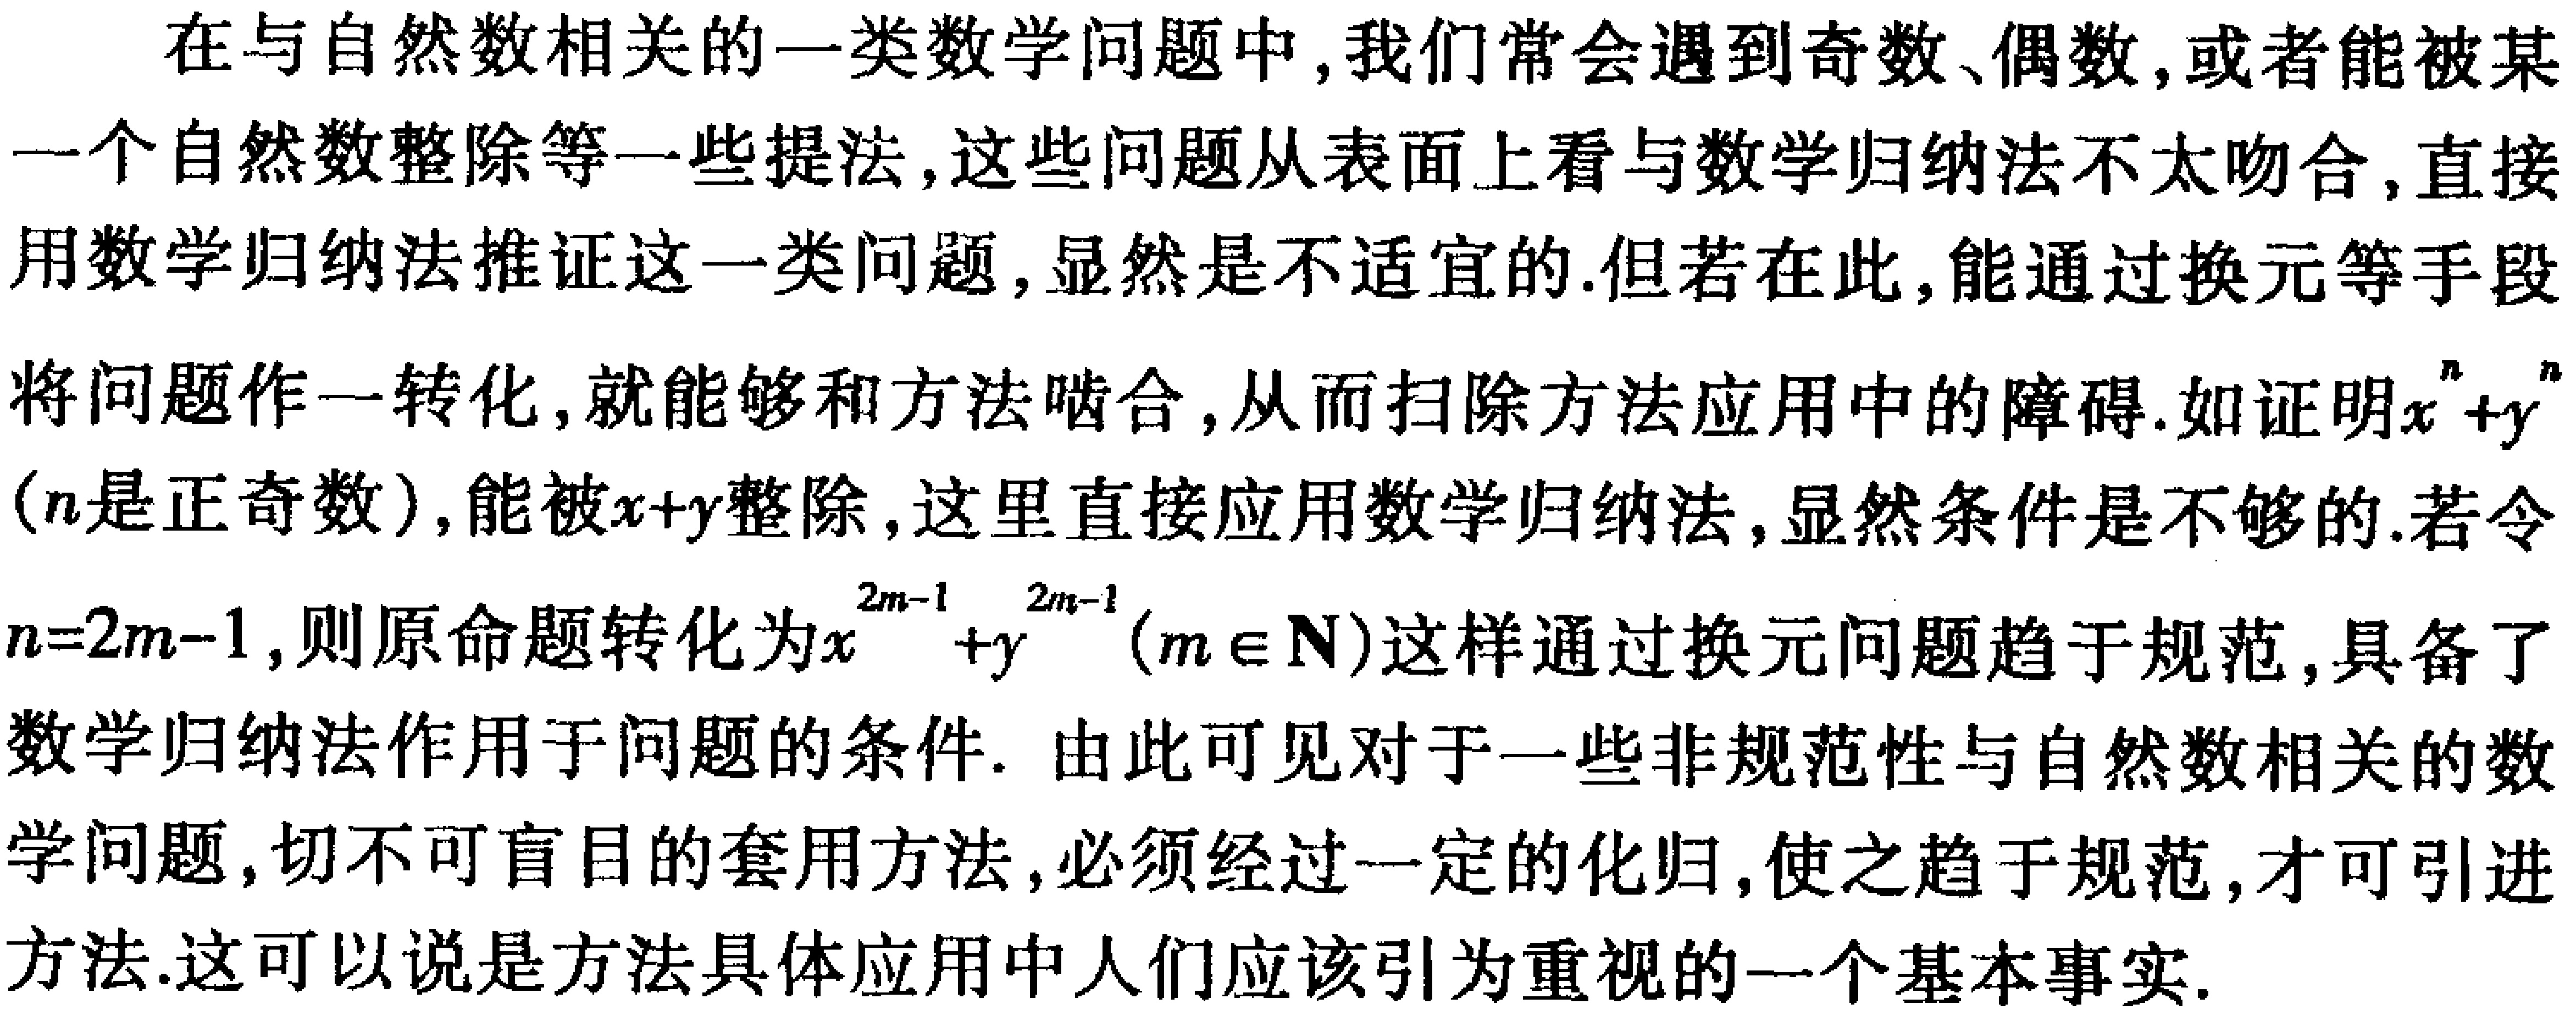
在与自然数相关的一类数学问题中,我们常会遇到奇数、偶数,或者能被某一个自然数整除等一些提法,这些问题从表面上看与数学归纳法不太吻合,直接用数学归纳法推证这一类问题,显然是不适宜的.但若在此,能通过换元等手段将问题作一转化,就能够和方法啮合,从而扫除方法应用中的障碍.如证明\(x^{n}+y^{n}\)(\(n\)是正奇数),能被\(x + y\)整除,这里直接应用数学归纳法,显然条件是不够的.若令\(n = 2m - 1\),则原命题转化为\(x^{2m - 1}+y^{2m - 1}(m\in\mathbf{N})\)这样通过换元问题趋于规范,具备了数学归纳法作用于问题的条件. 由此可见对于一些非规范性与自然数相关的数学问题,切不可盲目的套用方法,必须经过一定的化归,使之趋于规范,才可引进方法.这可以说是方法具体应用中人们应该引为重视的一个基本事实.